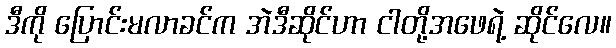
ဒီကို ပြောင်းမလာခင်က အဲဒီဆိုင်ဟာ ငါတို့အဖေရဲ့ ဆိုင်လေ။